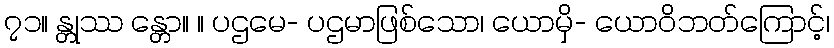
၇၁။ န္တုဿ န္တော။ ။ ပဌမေ- ပဌမာဖြစ်သော၊ ယောမှိ- ယောဝိဘတ်ကြောင့်၊